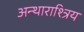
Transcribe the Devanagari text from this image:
अन्थाराश्त्रिय